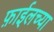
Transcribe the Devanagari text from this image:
फ़ाईलच्या